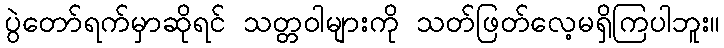
ပွဲတော်ရက်မှာဆိုရင် သတ္တဝါများကို သတ်ဖြတ်လေ့မရှိကြပါဘူး။